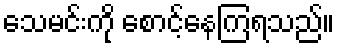
သေမင်းကို စောင့်နေကြရသည်။